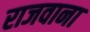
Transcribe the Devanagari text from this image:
राजवाना